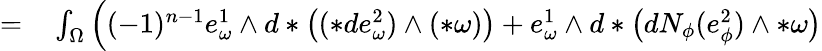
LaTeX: \begin{array}{rl}{=}&{{}\int_{\Omega}\Big((-1)^{n-1}e_{\omega}^{1}\wedge d\ast\big((\ast de_{\omega}^{2})\wedge(\ast\omega)\big)+e_{\omega}^{1}\wedge d\ast\big(dN_{\phi}(e_{\phi}^{2})\wedge\ast\omega\big)}\end{array}